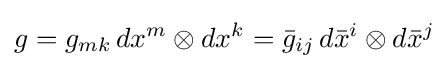
g=g_{mk}\,dx^{m}\otimes dx^{k}={\bar {g}}_{ij}\,d{\bar {x}}^{i}\otimes d{\bar {x}}^{j}